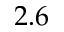
2 . 6